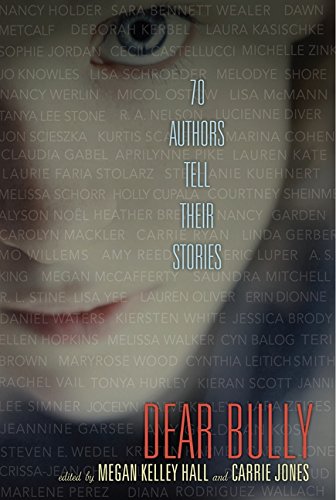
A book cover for Dear Bully: Seventy Authors Tell Their Stories; Megan Kelley Hall; Teen & Young Adult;